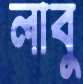
লাবু